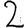
Digit: 2